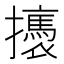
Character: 𢸣